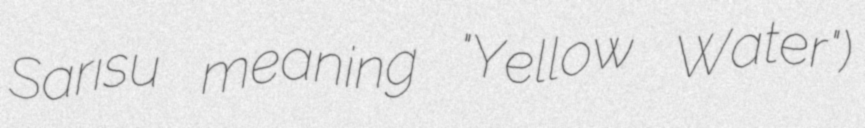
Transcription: Sarısu meaning "Yellow Water")